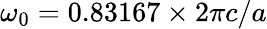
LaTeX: \omega_{0}=0.83167\times 2\pi c/a